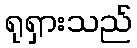
ရုရှားသည်